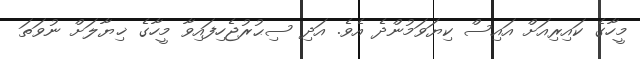
މީހާގެ ކައިރިއަށް އައިސް ކިޔަވަމުންދެ އެވެ. އަދި ސިޙުރުޖެހިފައިވާ މީހާގެ ޚިޔާލަށް ނުވަތަ